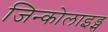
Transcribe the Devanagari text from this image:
जिन्कोलाइड्स